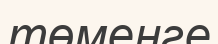
төменге